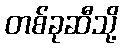
တစ်ခုဆီသို့